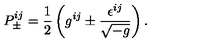
P _ { \pm } ^ { i j } = \frac 1 2 \left( g ^ { i j } \pm \frac { \epsilon ^ { i j } } { \sqrt { - g } } \right) .